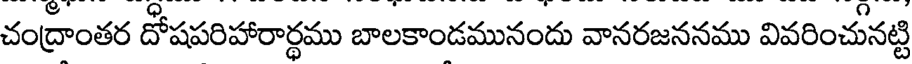
చంద్రాంతర దోషపరిహారార్థము బాలకాండమునందు వానరజననము వివరించునట్టి